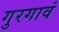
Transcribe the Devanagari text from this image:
गुरगावं